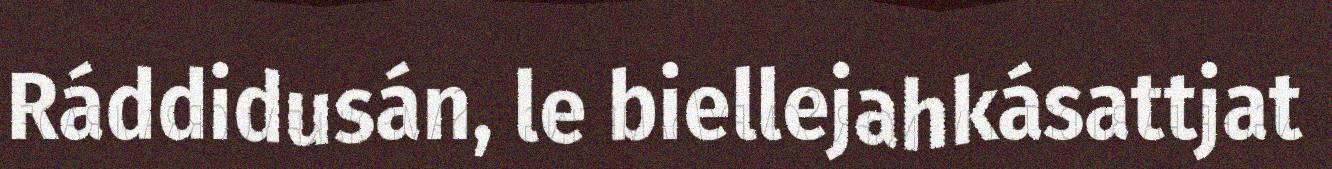
Ráddidusán, le biellejahkásattjat